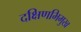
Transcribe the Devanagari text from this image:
दक्षिणभिमुख